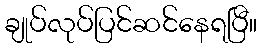
ချုပ်လုပ်ပြင်ဆင်နေရပြီ။